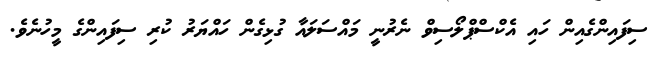
ސިފައިންގެއިން ހައި އެކްސްޕްލޯސިވް ނެރުނީ މައްސަލައާ ގުޅިގެން ހައްޔަރު ކުރި ސިފައިންގެ މީހުނެވެ.